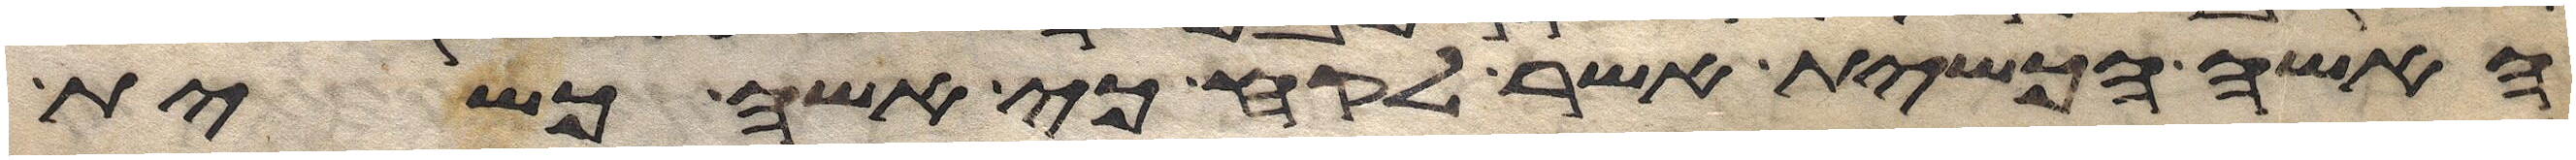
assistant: האשה הכשית אשר לקח כי אשה כשית